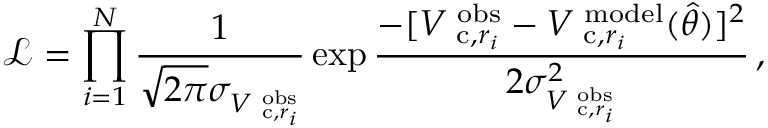
\mathcal { L } = \prod _ { i = 1 } ^ { N } \frac { 1 } { \sqrt { 2 \pi } \sigma _ { V _ { \mathrm { \small ~ c } , r _ { i } } ^ { \mathrm { \scriptsize ~ o b s } } } } \exp \frac { - [ V _ { \mathrm { \small ~ c } , r _ { i } } ^ { \mathrm { \scriptsize ~ o b s } } - V _ { \mathrm { \small ~ c } , r _ { i } } ^ { \mathrm { \scriptsize ~ m o d e l } } ( \hat { \theta } ) ] ^ { 2 } } { 2 \sigma _ { V _ { \mathrm { \small ~ c } , r _ { i } } ^ { \mathrm { \scriptsize ~ o b s } } } ^ { 2 } } \, ,